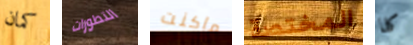
كمان التطورات ماكنت المختصة كلا